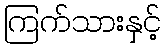
ကြက်သားနှင့်